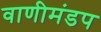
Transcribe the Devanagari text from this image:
वाणीमंडप